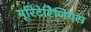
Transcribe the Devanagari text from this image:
यूरिटेरिजियस